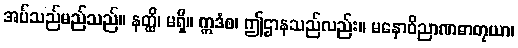
အပ်သည်မည်သည်။ နတ္ထိ၊ မရှိ။ ဣဒံစ၊ ဤဌာနသည်လည်း။ မနောဝိညာဏဓာတုယာ၊